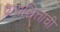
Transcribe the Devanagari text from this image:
प्रायश्चित्ताची